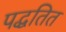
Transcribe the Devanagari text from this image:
पद्धतित